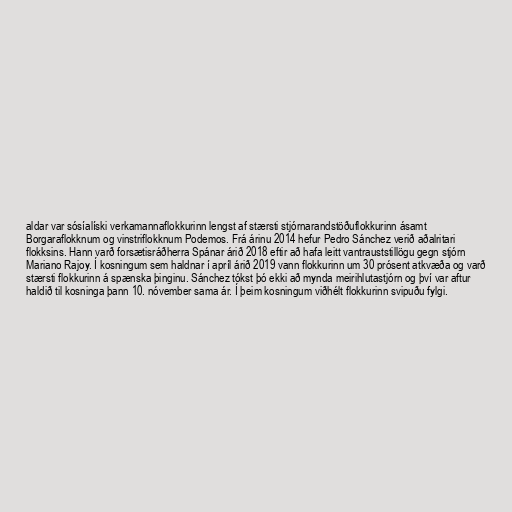
aldar var sósíalíski verkamannaflokkurinn lengst af stærsti stjórnarandstöðuflokkurinn ásamt
Borgaraflokknum og vinstriflokknum Podemos. Frá árinu 2014 hefur Pedro Sánchez verið aðalritari
flokksins. Hann varð forsætisráðherra Spánar árið 2018 eftir að hafa leitt vantrauststillögu gegn stjórn
Mariano Rajoy. Í kosningum sem haldnar í apríl árið 2019 vann flokkurinn um 30 prósent atkvæða og varð
stærsti flokkurinn á spænska þinginu. Sánchez tókst þó ekki að mynda meirihlutastjórn og því var aftur
haldið til kosninga þann 10. nóvember sama ár. Í þeim kosningum viðhélt flokkurinn svipuðu fylgi.